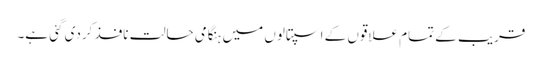
قریب کے تمام علاقوں کے اسپتالوں میں ہنگامی حالت نافذ کردی گئی ہے۔